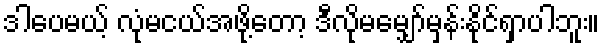
ဒါပေမယ့် လုံမငယ်အဖို့တော့ ဒီလိုမမျှော်မှန်းနိုင်ရှာပါဘူး။